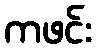
ကဖင်း